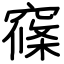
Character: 窱